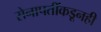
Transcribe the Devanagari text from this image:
सेनापतींकडूनही